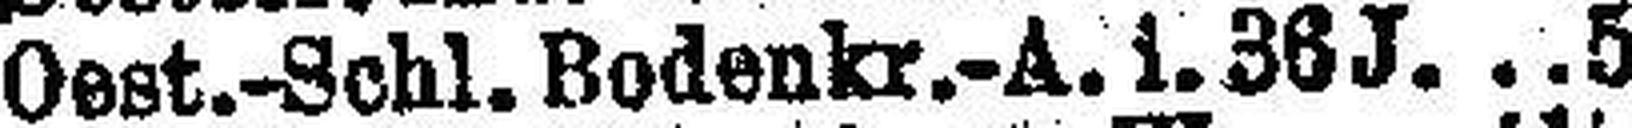
Oest.-Schl. Bodenkr.-A. i. 36J 5